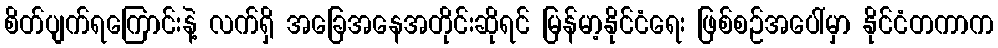
စိတ်ပျက်ရကြောင်းနဲ့ လက်ရှိ အခြေအနေအတိုင်းဆိုရင် မြန်မာ့နိုင်ငံရေး ဖြစ်စဉ်အပေါ်မှာ နိုင်ငံတကာက